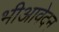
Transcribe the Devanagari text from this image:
भीआवेदन